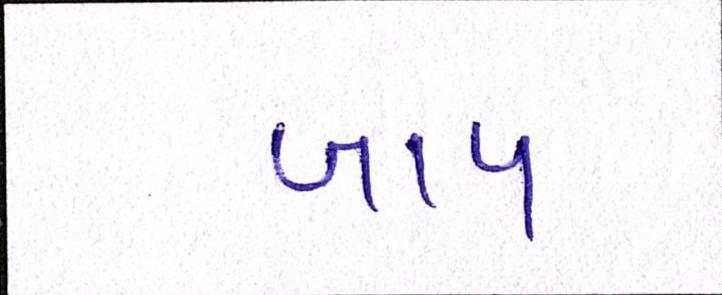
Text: બાપ